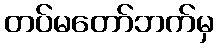
တပ်မတော်ဘက်မှ